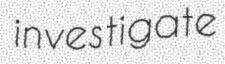
investigate